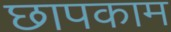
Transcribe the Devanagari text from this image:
छापकाम